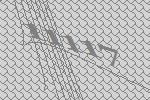
11117